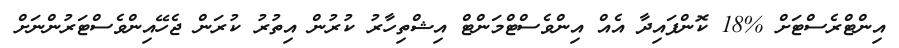
އިންޓްރެސްޓަށް %18 ކޮންފައިދާ އެއް އިންވެސްޓްމަންޓް އިޝްތިހާރު ކުރުން އިތުރު ކުރަން ޖެހޭއިންވެސްޓަރުންނަށް